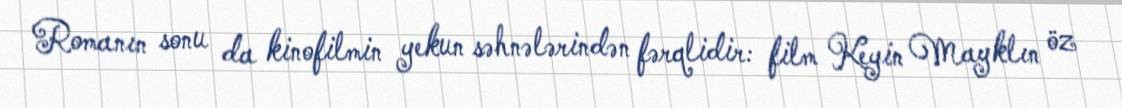
Romanın sonu da kinofilmin yekun səhnələrindən fərqlidir: film Keyin Mayklın öz